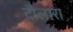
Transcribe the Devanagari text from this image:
दौलारा